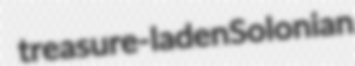
treasure-laden Solonian